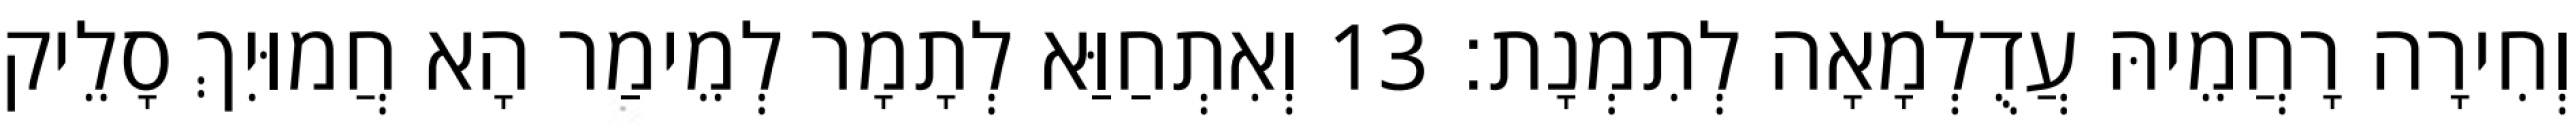
וְחִירָה רָחֲמֵיהּ עֲדֻלְמָאָה לְתִמְנָת׃ 13 וְאִתְחַוַּא לְתָמָר לְמֵימַר הָא חֲמוּיִךְ סָלֵיק